Medical and sanitary report of the native army of Bengal for the year
Year: 1875
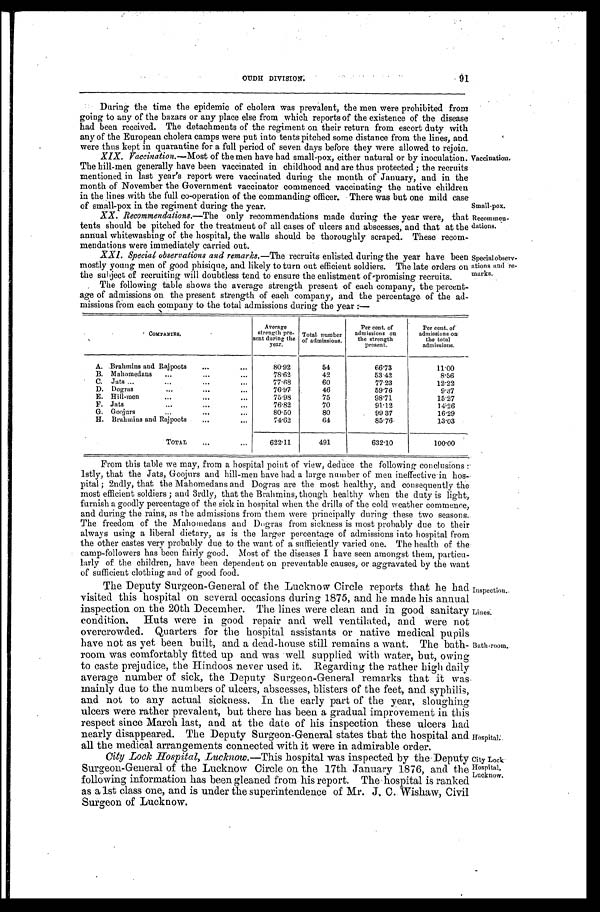
Small-pox.
Recommen
-dations.
Inspection.
Lines.
City Lock
Hospital,
Lucknow.
91
OUDH DIVISION.
During the time the epidemic of cholera was prevalent, the men were prohibited from
going to any of the bazars or any place else from which reports of the existence of the disease
had been received. The detachments of the regiment on their return from escort duty with
any of the European cholera camps were put into tents pitched some distance from the lines, and
were thus kept in quarantine for a full period of seven days before they were allowed to rejoin.
XIX. Vaccination.— Most of the men have had small-pox, either natural or by inoculation.
The hill-men generally have been vaccinated in childhood and are thus protected; the recruits
mentioned in last year's report were vaccinated during the month of January, and in the
month of November the Government vaccinator commenced vaccinating the native children
in the lines with the full co-operation of the commanding officer. There was but one mild case
of small-pox in the regiment during the year.
XX. Recommendations.— The only recommendations made during the year were, that
tents should be pitched for the treatment of all cases of ulcers and abscesses, and that at the
annual whitewashing of the hospital, the walls should be thoroughly scraped. These recom
-
mendations were carried out.
XXI. Special observations and remarks.— The recruits enlisted during the year have been
mostly young men of good phisique, and likely to turn out efficient soldiers. The late orders on
the subject of recruiting will doubtless tend to ensure the enlistment of promising recruits.
The following table shows the average strength present of each company, the percent
-
age of admissions on the present strength of each company, and the percentage of the ad
-
missions from each company to the total admissions during the year:—
C
O M P A N I E S .
Average
strength pre-
sent during the
year.
Total number
of admissions.
Per cent of
admissions on
the strength
Present.
Per cent. of
admissions on
the total
admissions.
A. Brahmins and Rajpoots . . .
80.92
54
66.73
11.00
B. Mahomedans . . .
78.62
42
53.42
8.56
C. Jats . . .
77.68
60
77.23
12.22
D. Dogras . . .
76.97
46
59.76
9.37
E. Hill-men . . .
75.98
75
98.71
15.27
F. Jats . . .
76.82
70
91.12
14.26
G. Goojurs . . .
80.50
80
99.37
16.29
H. Brahmins and Rajpoots . . .
74.62
64
85.76
13.03
TOTAL . . .
622.11
491
632.10
100.00
Vaccination.
Special observ
-ations and re
-marks.
From this table we may, from a hospital point of view, deduce the following conclusions:
lstly, that the Jats, Goojurs and hill-men have had a large number of men ineffective in hos
-
pital; 2ndly, that the Mahomedans and Dogras are the most healthy, and consequently the
most efficient soldiers; and 3rdly, that the Brahmins, though healthy when the duty is light,
furnish a goodly percentage of the sick in hospital when the drills of the cold weather commence,
and during the rains, as the admissions from them were principally during these two seasons.
The freedom of the Mahomedans and Dogras from sickness is most probably due to their
always using a liberal dietary, as is the larger percentage of admissions into hospital from
the other castes very probably due to the want of a sufficiently varied one. The health of the
camp-followers has been fairly good. Most of the diseases I have seen amongst them, particu
-
larly of the children, have been dependent on preventable causes, or aggravated by the want
of sufficient clothing and of good food.
The Deputy Surgeon-General of the Lucknow Circle reports that he had
visited this hospital on several occasions during 1875, and he made his annual
inspection on the 20th December. The lines were clean and in good sanitary
condition, Huts were in good repair and well ventilated, and were not
overcrowded. Quarters for the hospital assistants or native medical pupils
have not as yet been built, and a dead-house still remains a want. The bath
-
room was comfortably fitted up and was well supplied with water, but, owing
to caste prejudice, the Hindoos never used it. Regarding the rather high daily
average number of sick, the Deputy Surgeon-General remarks that it was
mainly due to the numbers of ulcers, abscesses, blisters of the feet, and syphilis,
and not to any actual sickness. In the early part of the year, sloughing
ulcers were rather prevalent, but there has been a gradual improvement in this
respect since March last, and at the date of his inspection these ulcers had
nearly disappeared. The Deputy Surgeon-General states that the hospital and
all the medical arrangements connected with it were in admirable order.
City Lock Hospital, Lucknow .—This hospital was inspected by the Deputy
Surgeon-General of the Lucknow Circle on the 17th January 1876, and the
following information has been gleaned from his report. The hospital is ranked
as a 1st class one, and is under the superintendence of Mr. J. C. Wishaw, Civil
Surgeon of Lucknow.
Bath-room.